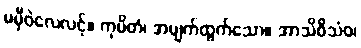
မမှီဝဲလေလင့်။ ကုပိတံ၊ အမျက်ထွက်သော။ အာသိဝိသံဝ၊